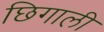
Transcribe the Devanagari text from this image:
छिगाली